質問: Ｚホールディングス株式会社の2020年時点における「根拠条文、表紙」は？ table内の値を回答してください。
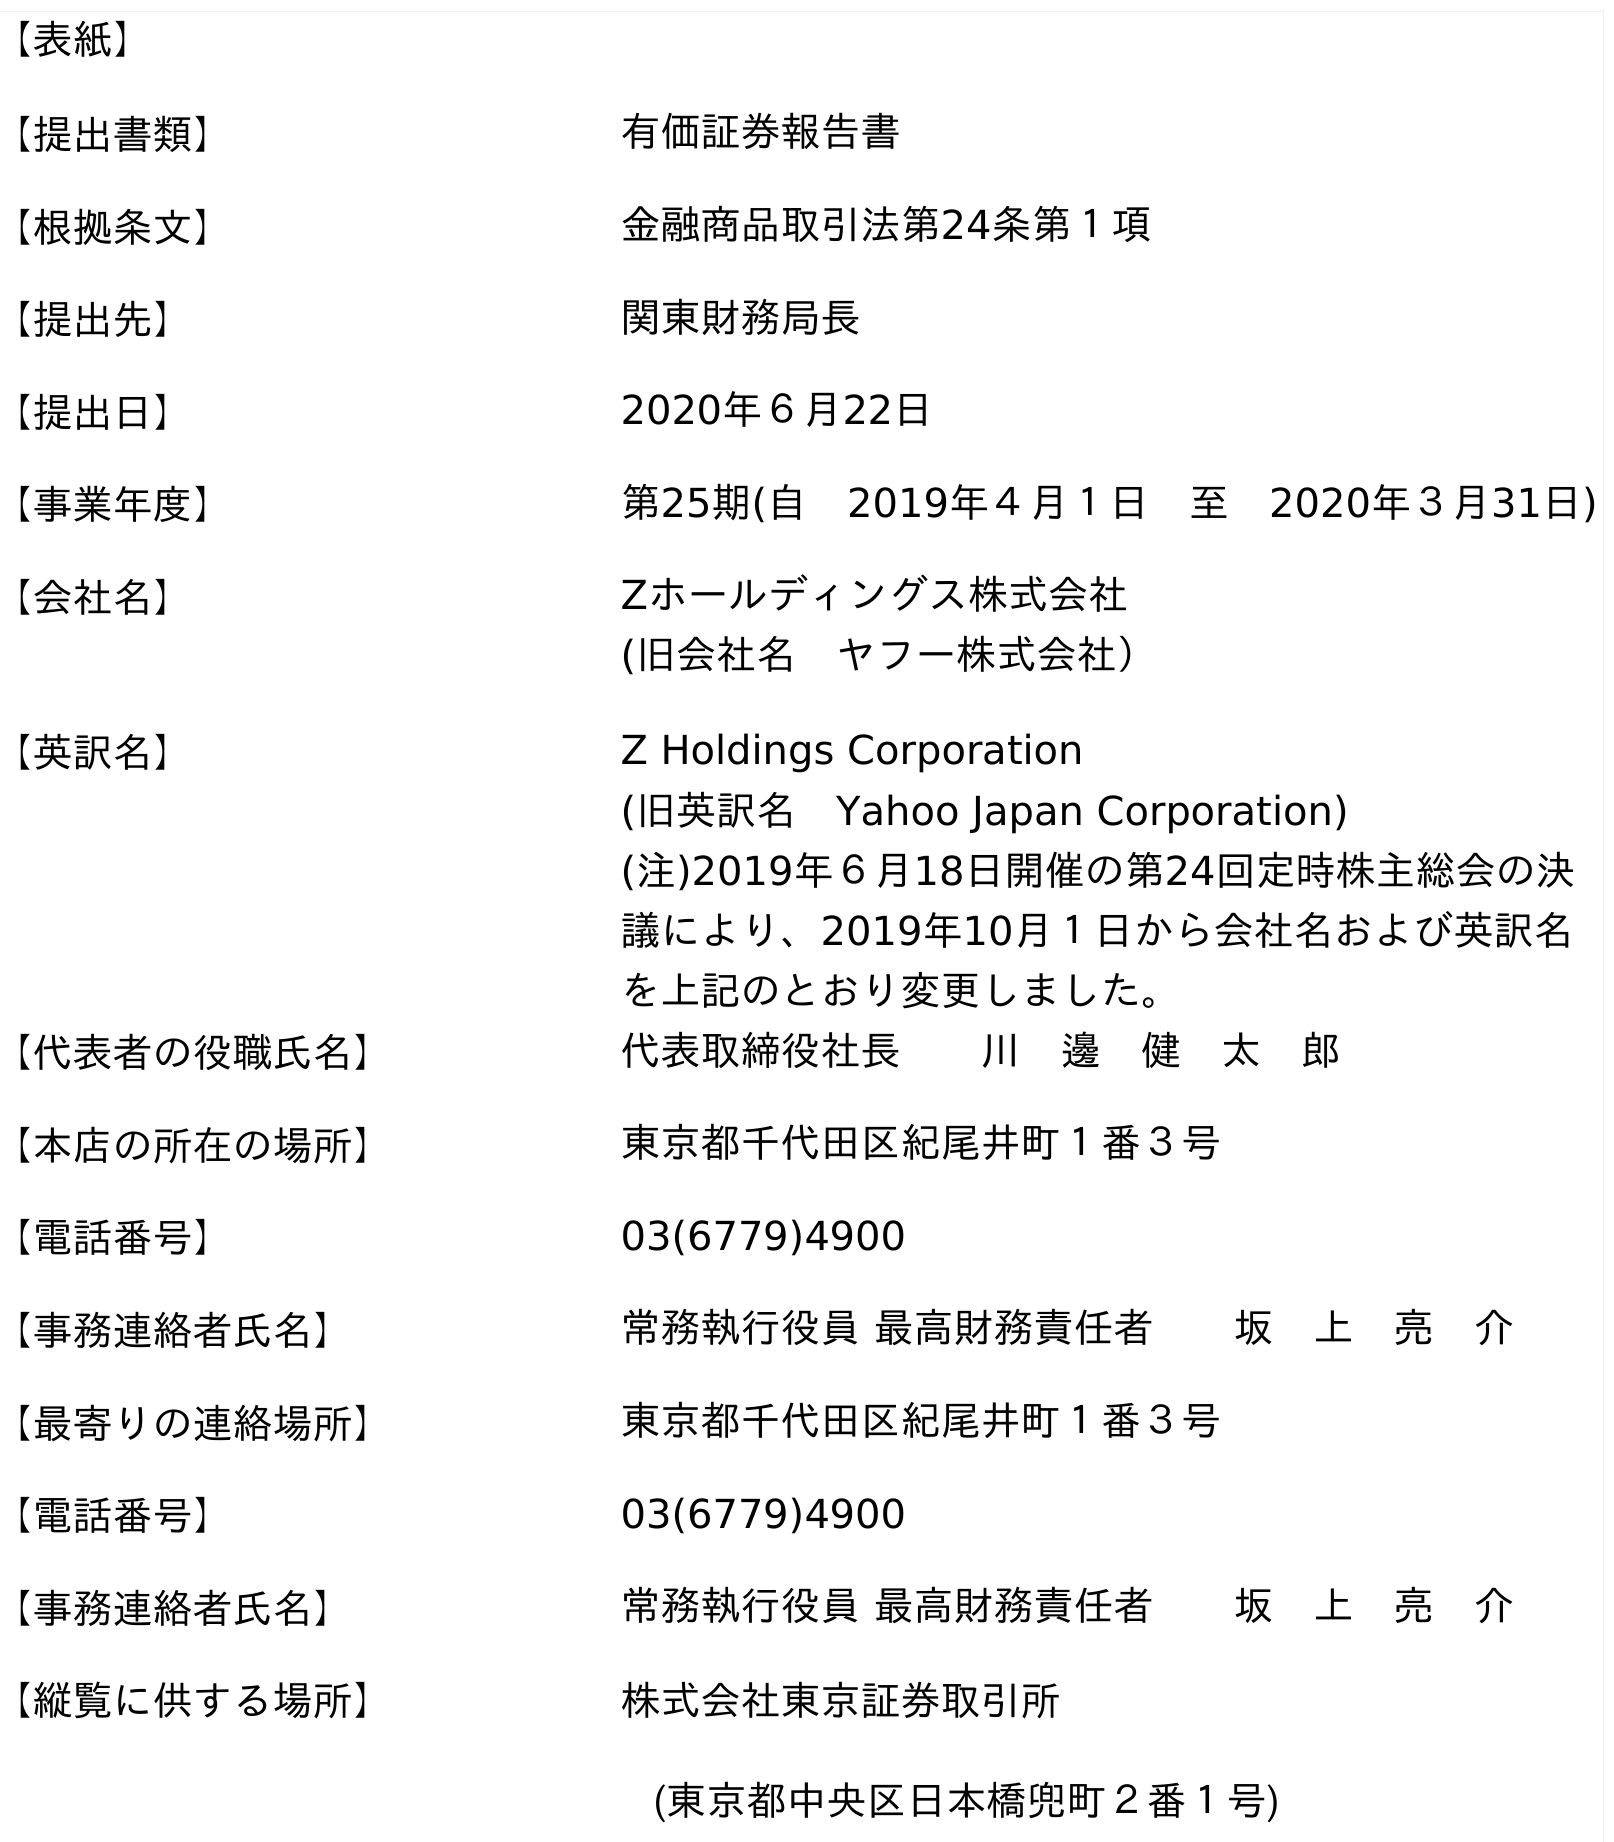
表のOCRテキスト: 【表紙】 【提出書類】 有価証券報告書 【根拠条文】 金融商品取引法第24条第１項 【提出先】 関東財務局長 【提出日】 2020年６月22日 【事業年度】 第25期(自 2019年４月１日 至 2020年３月31日) 【会社名】 Zホールディングス株式会社 (旧会社名 ヤフー株式会社） 【英訳名】 Z Holdings Corporation (旧英訳名 Yahoo Japan Corporation) (注)2019年６月18日開催の第24回定時株主総会の決 議により、2019年10月１日から会社名および英訳名 を上記のとおり変更しました。 【代表者の役職氏名】 代表取締役社長  川 邊 健 太 郎 【本店の所在の場所】 東京都千代田区紀尾井町１番３号 【電話番号】 03(6779)4900 【事務連絡者氏名】 常務執行役員 最高財務責任者  坂 上 亮 介 【最寄りの連絡場所】 東京都千代田区紀尾井町１番３号 【電話番号】 03(6779)4900 【事務連絡者氏名】 常務執行役員 最高財務責任者  坂 上 亮 介 【縦覧に供する場所】 株式会社東京証券取引所 (東京都中央区日本橋兜町２番１号)
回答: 金融商品取引法第24条第１項